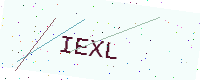
Text: IEXL